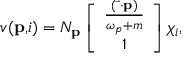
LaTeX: v ( \mathbf { p , } i ) = N _ { \mathbf { p } } \left[ \begin{array} { c } { { \frac { ( \overrightarrow { \mathbf { \sigma } } \mathbf { \cdot p } ) } { \omega _ { p } + m } } } \\ { { 1 } } \end{array} \right] \chi _ { i } ,